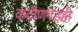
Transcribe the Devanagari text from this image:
कठीणगडही